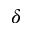
\delta